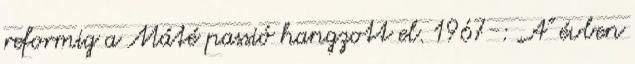
reformig a Máté passió hangzott el. 1967-: „A" évben